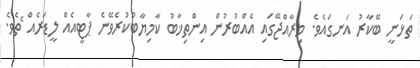
ތަޅަނީ ބޭކާރު އަނގައެވެ. މިރާއްޖޭގައި އެއްބުރުން އިންތިޚާބު ކާމިޔާބުކުރެވޭނެ ޕާޓީއެއް ލީޑަރެއް ެތެވެ.